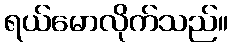
ရယ်မောလိုက်သည်။